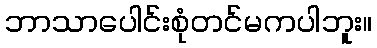
ဘာသာပေါင်းစုံတင်မကပါဘူး။